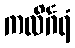
ကလိင်္ဂရံ